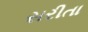
સરીતા